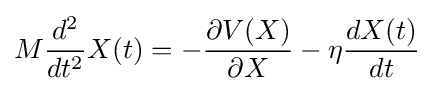
M{\frac {d^{2}}{dt^{2}}}X(t)=-{\frac {\partial V(X)}{\partial X}}-\eta {\frac {dX(t)}{dt}}